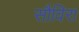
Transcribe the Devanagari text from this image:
सौविरा